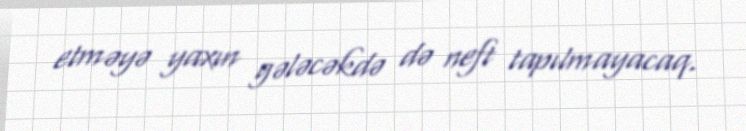
etməyə yaxın gələcəkdə də neft tapılmayacaq.